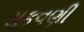
સૂકવણી